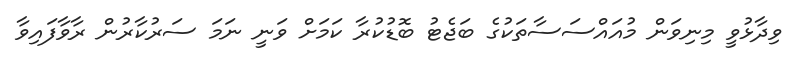
ވިދާޅުވީ މިނިވަން މުއައްސަސާތަކުގެ ބަޖެޓު ބޮޑުކުރާ ކަމަށް ވަނީ ނަމަ ސަރުކާރުން ރާވާފައިވާ